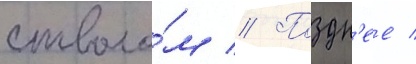
стволо́м // Поздн'ее /